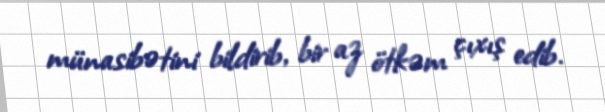
münasibətini bildirib, bir az ötkəm çıxış edib.